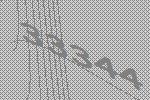
33344